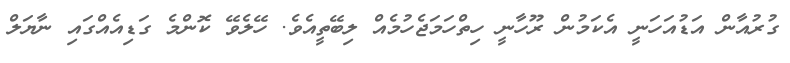
ގުރުއާން އަޑުއަހަނީ އެކަމުން ރޫހާނީ ހިތްހަމަޖެހުމެއް ލިބޭތީއެވެ. ހޭލެވޭ ކޮންމެ ގަޑިއެއްގައި ނާޔަލް